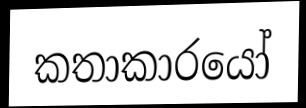
කතාකාරයෝ